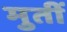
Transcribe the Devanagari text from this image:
मुतीं